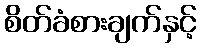
စိတ်ခံစားချက်နှင့်